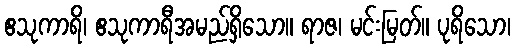
ဧသုကာရိ၊ ဧသုကာရီအမည်ရှိသော။ ရာဇ၊ မင်းမြတ်။ ပုရိသော၊